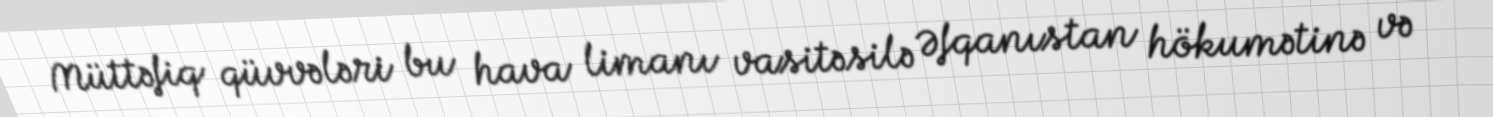
Müttəfiq qüvvələri bu hava limanı vasitəsilə Əfqanıstan hökumətinə və